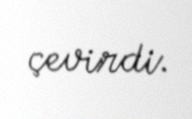
çevirdi.